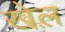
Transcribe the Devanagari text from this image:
खेल़